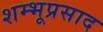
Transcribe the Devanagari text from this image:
शम्भूप्रसाद